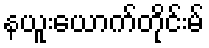
နယူးယောက်တိုင်းမ်